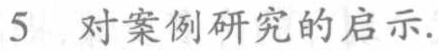
5 对案例研究的启示.